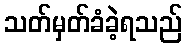
သတ်မှတ်ခံခဲ့ရသည်